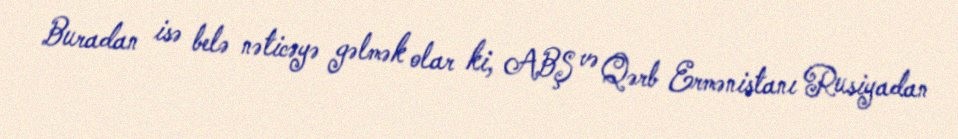
Buradan isə belə nəticəyə gəlmək olar ki, ABŞ və Qərb Ermənistanı Rusiyadan